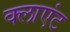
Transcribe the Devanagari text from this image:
क्‍लाएंट